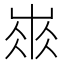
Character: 𡸓